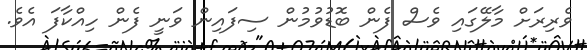
ވެރިރަށް މާލޭގައި ވެސް ފެން ބޮޑުވުމުން ސިފައިން ވަނީ ފެން ހިއްކާފަ އެވެ.